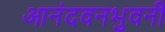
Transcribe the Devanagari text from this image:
आनंदवनभुवनी